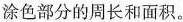
涂色部分的周长和面积。